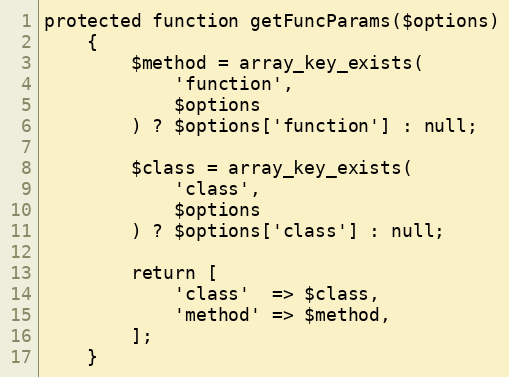
Language: PHP
protected function getFuncParams($options)
    {
        $method = array_key_exists(
            'function',
            $options
        ) ? $options['function'] : null;

        $class = array_key_exists(
            'class',
            $options
        ) ? $options['class'] : null;

        return [
            'class'  => $class,
            'method' => $method,
        ];
    }